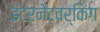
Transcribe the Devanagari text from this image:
इंटरनेटवर्किंग